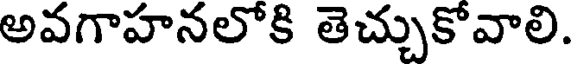
అవగాహనలోకి తెచ్చుకోవాలి.